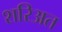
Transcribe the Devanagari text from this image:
शरिअत